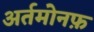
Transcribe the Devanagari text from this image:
अर्तमोनफ़